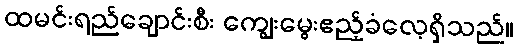
ထမင်းရည်ချောင်းစီး ကျွေးမွေးဧည့်ခံလေ့ရှိသည်။